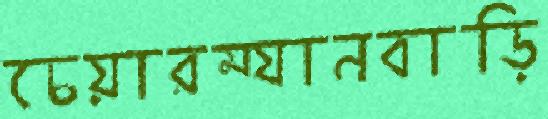
চেয়ারম্যানবাড়ি